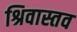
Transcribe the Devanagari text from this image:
श्रिवास्तव